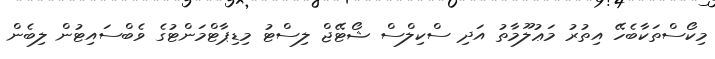
މިކޯސްތަކާބެހޭ އިތުރު މަޢުލޫމާތު އަދި ސްކިލްސް ޝޯޓޭޖް ލިސްޓު މިޑިޕާޓްމަންޓުގެ ވެބްސައިޓުން ލިބެން